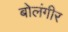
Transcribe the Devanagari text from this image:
बोलंगीर